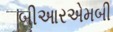
બીઆરએમબી